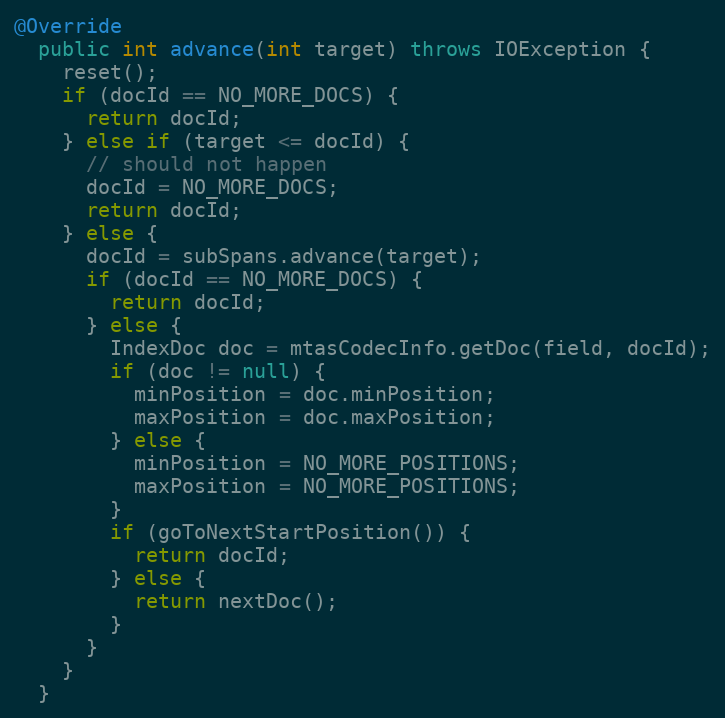
Language: Java
@Override
  public int advance(int target) throws IOException {
    reset();
    if (docId == NO_MORE_DOCS) {
      return docId;
    } else if (target <= docId) {
      // should not happen
      docId = NO_MORE_DOCS;
      return docId;
    } else {
      docId = subSpans.advance(target);
      if (docId == NO_MORE_DOCS) {
        return docId;
      } else {
        IndexDoc doc = mtasCodecInfo.getDoc(field, docId);
        if (doc != null) {
          minPosition = doc.minPosition;
          maxPosition = doc.maxPosition;
        } else {
          minPosition = NO_MORE_POSITIONS;
          maxPosition = NO_MORE_POSITIONS;
        }
        if (goToNextStartPosition()) {
          return docId;
        } else {
          return nextDoc();
        }
      }
    }
  }